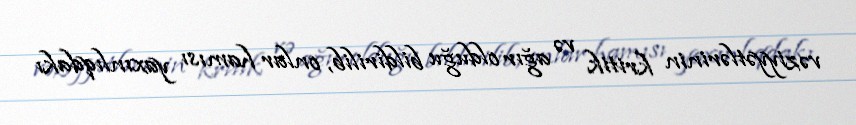
vəziyyətlərinin kritik və ağır olduğu bildirilib, onlar hamısı yaxınlıqdakı